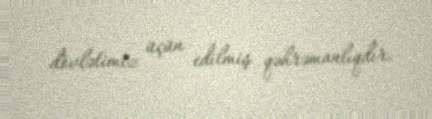
dövlətimiz üçün edilmiş qəhrəmanlıqdır.